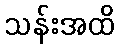
သန်းအထိ